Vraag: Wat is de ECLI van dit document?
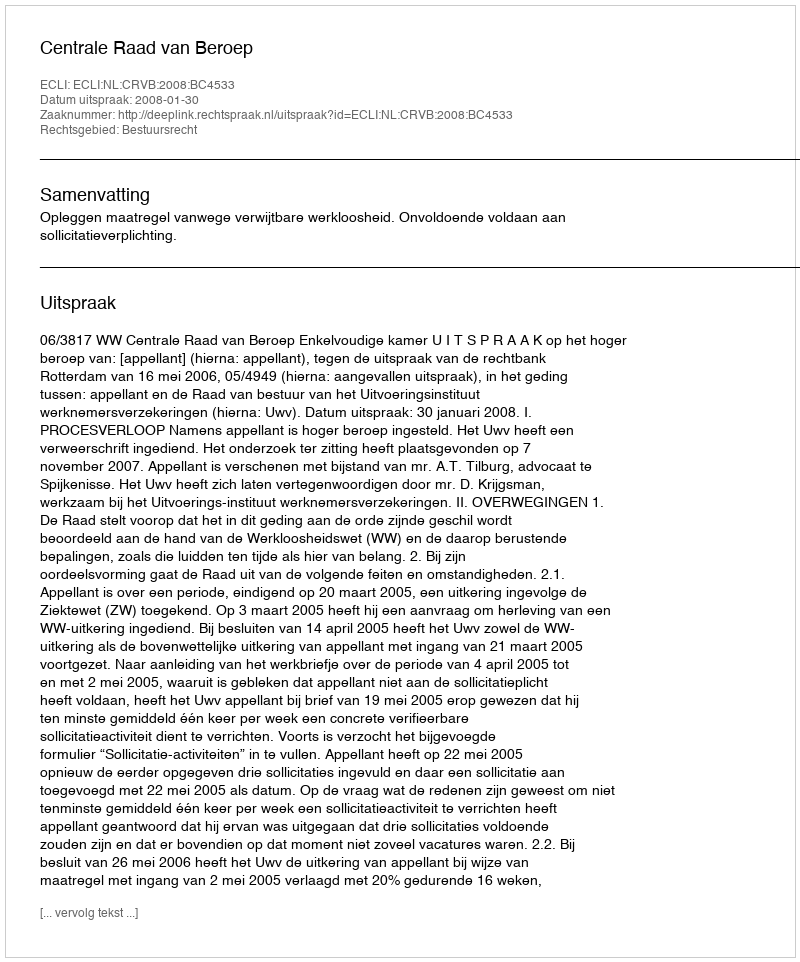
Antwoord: ECLI:NL:CRVB:2008:BC4533